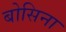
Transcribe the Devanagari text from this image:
बोसिना